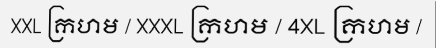
XXL ក្រហម / XXXL ក្រហម / 4XL ក្រហម /